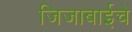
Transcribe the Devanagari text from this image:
जिजाबाईचे